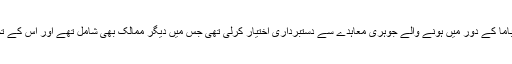
خیال رہے کہ گزشتہ برس امریکی صدر ڈونلڈ ٹرمپ نے ایران کے ساتھ باراک اوباما کے دور میں ہونے والے جوہری معاہدے سے دستبرداری اختیار کرلی تھی جس میں دیگر ممالک بھی شامل تھے اور اس کے تحت ایران پر پابندیوں سے استثنیٰ ملنے پر جوہری پروگرام روکنے کا وعدہ کیا تھا۔